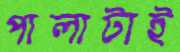
পালাটাই